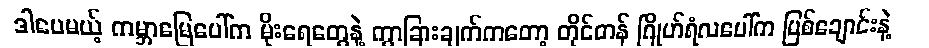
ဒါပေမယ့် ကမ္ဘာမြေပေါ်က မိုးရေတွေနဲ့ ကွာခြားချက်ကတော့ တိုင်တန် ဂြိုဟ်ရံလပေါ်က မြစ်ချောင်းနဲ့